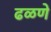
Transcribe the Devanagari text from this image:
ढळणे